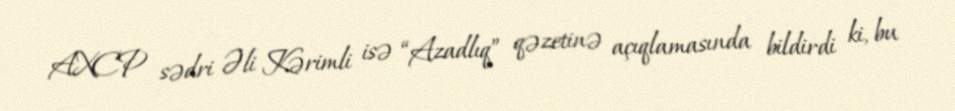
AXCP sədri Əli Kərimli isə “Azadlıq” qəzetinə açıqlamasında bildirdi ki, bu